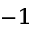
^ { - 1 }